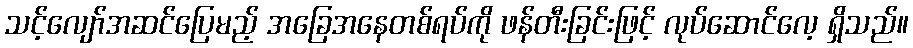
သင့်လျော်အဆင်ပြေမည့် အခြေအနေတစ်ရပ်ကို ဖန်တီးခြင်းဖြင့် လုပ်ဆောင်လေ့ ရှိသည်။